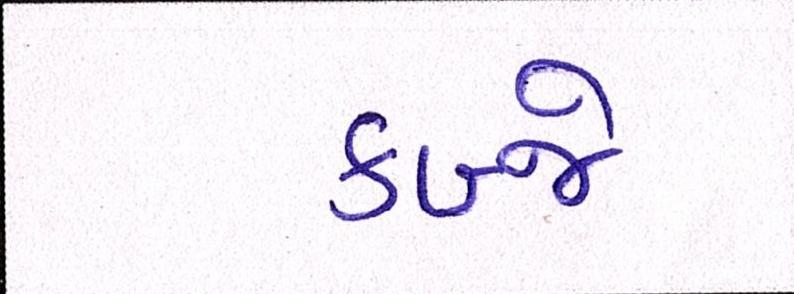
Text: કબ્જે